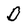
Character: D